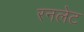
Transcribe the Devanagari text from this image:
रनलेट